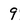
Character: 9